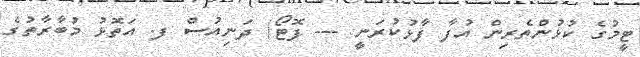
ޓީމުގެ ކުޅުންތެރިން އުފާ ފާޅުކުރަނީ --- ފޮޓޯ/ ދަނިއުސް ފ. އަތޮޅު މުބާރާތުގެ